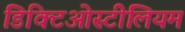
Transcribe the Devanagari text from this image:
डिक्टिओस्टीलियम